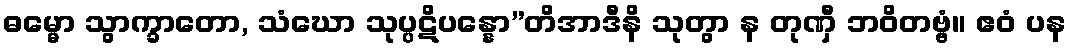
ဓမ္မော သွာက္ခာတော, သံဃော သုပ္ပဋိပန္နော”တိအာဒီနိ သုတွာ န တုဏှီ ဘဝိတဗ္ဗံ။ ဧဝံ ပန